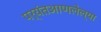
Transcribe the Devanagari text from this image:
पर्यंतआणलेल्या